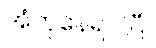
အံတုနေရပါပြီ။